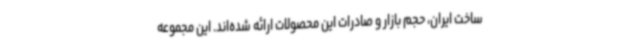
ساخت ایران، حجم بازار و صادرات این محصولات ارائه شده‌اند. این مجموعه